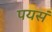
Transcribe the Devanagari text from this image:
पयसं